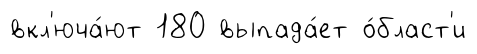
вкл'юча́ют 180 выпада́ет о́бласт'и